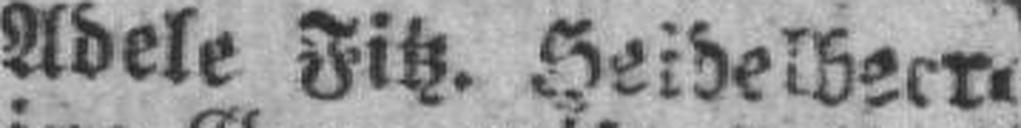
Adele Fitz. Heidelbeer¬